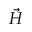
\vec { H }